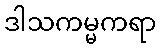
ဒါသကမ္မကရာ